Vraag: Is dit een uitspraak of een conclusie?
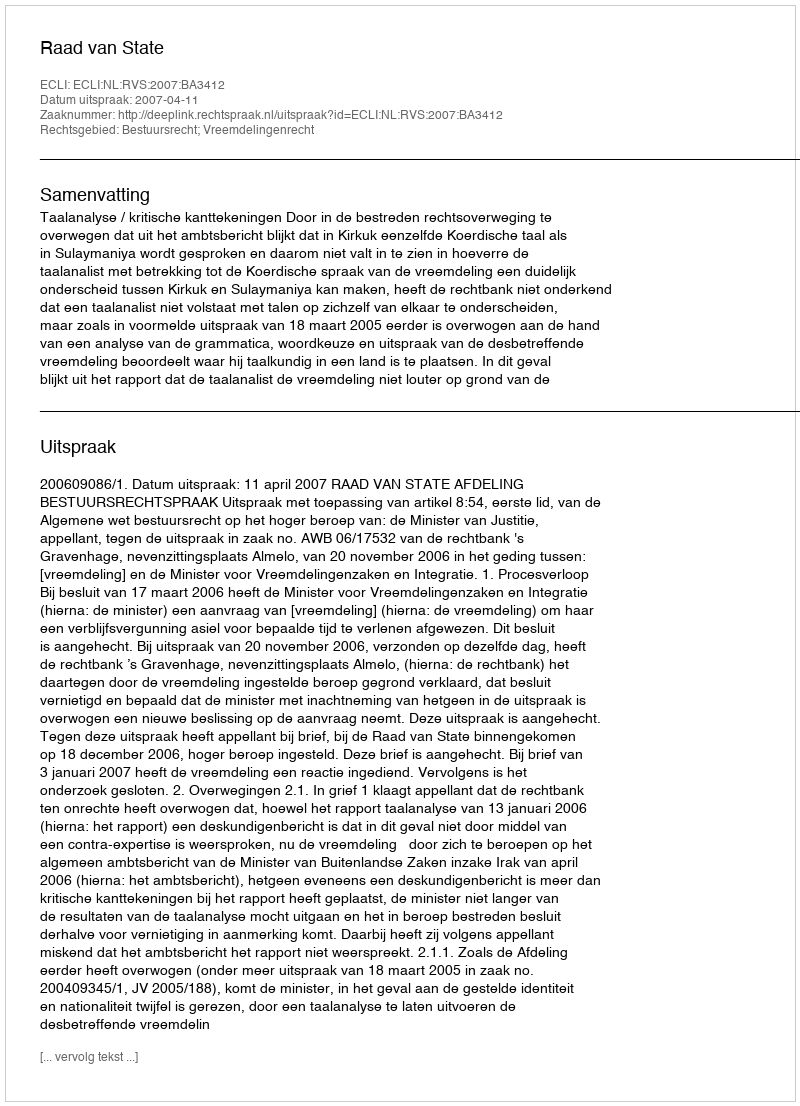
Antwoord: Uitspraak